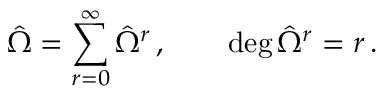
{ \hat { \Omega } } = \sum _ { r = 0 } ^ { \infty } { \hat { \Omega } } ^ { r } \, , \qquad \deg { { \hat { \Omega } ^ { r } } } = r \, .